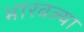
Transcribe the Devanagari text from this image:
भारवल्या